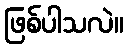
ဖြစ်ပါသလဲ။